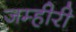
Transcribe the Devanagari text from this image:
जम्हीरी